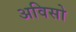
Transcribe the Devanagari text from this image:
अविसो